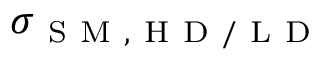
\sigma _ { \mathrm { ~ S ~ M ~ , ~ H ~ D ~ / ~ L ~ D ~ } }